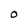
Character: O